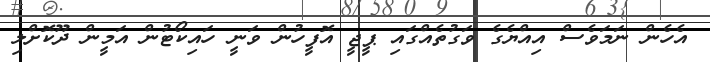
އެހެން ނަމަވެސް އިއްޔެގެ ވަގުތެއްގައި ޕީޖީ އޮފީހުން ވަނީ ހައިކޯޓުން އަމީން ދޫކޮށްލި